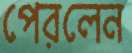
পেরলেন